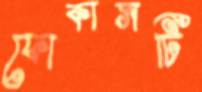
ফোকাসটি